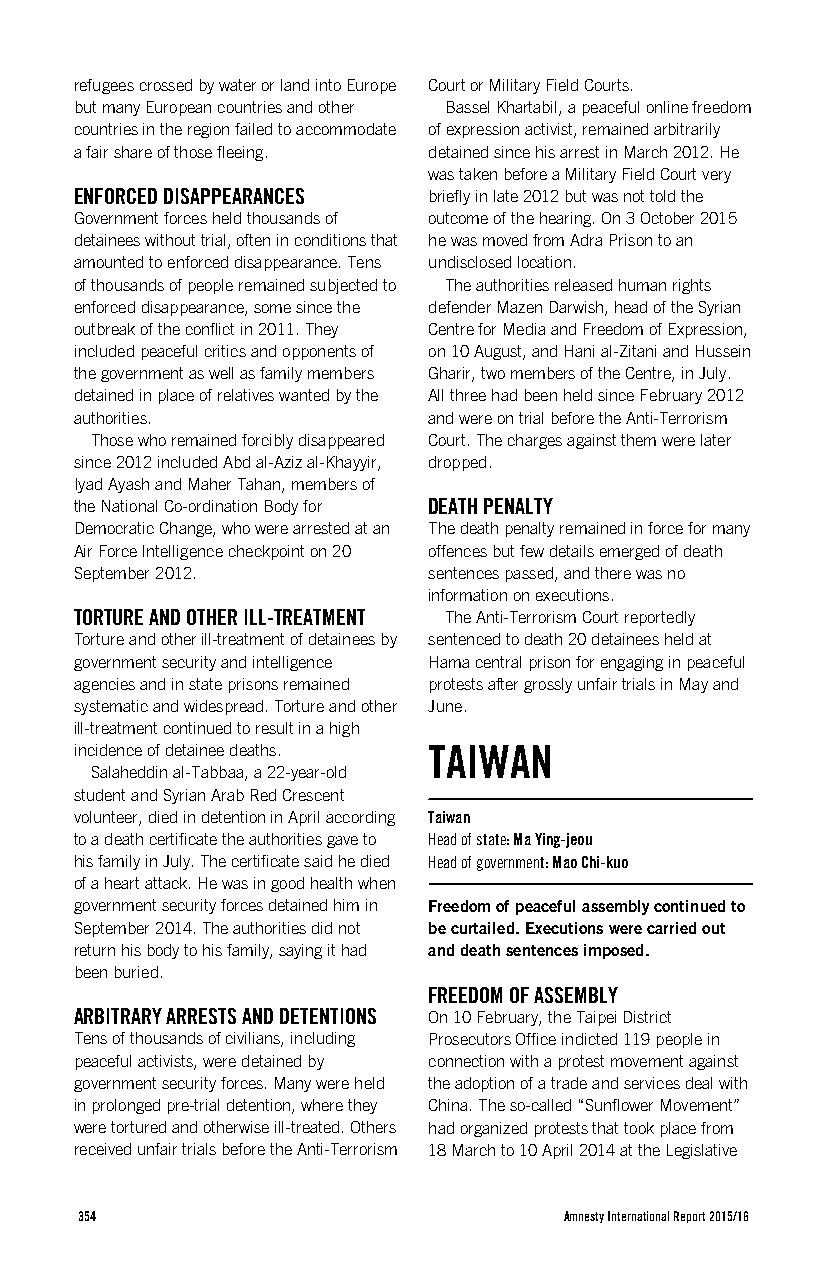
refugees crossed by water or land into Europe Court or Military Field Courts.
 but many European countries and other Bassel Khartabil, a peaceful online freedom
 countries in the region failed to accommodate of expression activist, remained arbitrarily
 a fair share of those fleeing. detained since his arrest in March 2012. He
 was taken before a Military Field Court very
 ENFORCED DISAPPEARANCES briefly in late 2012 but was not told the
 Government forces held thousands of outcome of the hearing. On 3 October 2015
 detainees without trial, often in conditions that he was moved from Adra Prison to an
 amounted to enforced disappearance. Tens undisclosed location.
 of thousands of people remained subjected to The authorities released human rights
 enforced disappearance, some since the defender Mazen Darwish, head of the Syrian
 outbreak of the conflict in 2011. They Centre for Media and Freedom of Expression,
 included peaceful critics and opponents of on 10 August, and Hani al-Zitani and Hussein
 the government as well as family members Gharir, two members of the Centre, in July.
 detained in place of relatives wanted by the All three had been held since February 2012
 authorities.           and were on trial before the Anti-Terrorism
 Those who remained forcibly disappeared Court. The charges against them were later
 since 2012 included Abd al-Aziz al-Khayyir, dropped.
 Iyad Ayash and Maher Tahan, members of
 the National Co-ordination Body for DEATH PENALTY
 Democratic Change, who were arrested at an The death penalty remained in force for many
 Air Force Intelligence checkpoint on 20 offences but few details emerged of death
 September 2012.        sentences passed, and there was no
 information on executions.
 TORTURE AND OTHER ILL-TREATMENT The Anti-Terrorism Court reportedly
 Torture and other ill-treatment of detainees by sentenced to death 20 detainees held at
 government security and intelligence Hama central prison for engaging in peaceful
 agencies and in state prisons remained protests after grossly unfair trials in May and
 systematic and widespread. Torture and other June.
 ill-treatment continued to result in a high
 incidence of detainee deaths. TAIWAN
 Salaheddin al-Tabbaa, a 22-year-old
 student and Syrian Arab Red Crescent
 volunteer, died in detention in April according Taiwan
 to a death certificate the authorities gave to Head of state: Ma Ying-jeou
 his family in July. The certificate said he died Head of government: Mao Chi-kuo
 of a heart attack. He was in good health when
 government security forces detained him in Freedom of peaceful assembly continued to
 September 2014. The authorities did not be curtailed. Executions were carried out
 return his body to his family, saying it had and death sentences imposed.
 been buried.
 FREEDOM OF ASSEMBLY
 ARBITRARY ARRESTS AND DETENTIONS On 10 February, the Taipei District
 Tens of thousands of civilians, including Prosecutors Office indicted 119 people in
 peaceful activists, were detained by connection with a protest movement against
 government security forces. Many were held the adoption of a trade and services deal with
 in prolonged pre-trial detention, where they China. The so-called “Sunflower Movement”
 were tortured and otherwise ill-treated. Others had organized protests that took place from
 received unfair trials before the Anti-Terrorism 18 March to 10 April 2014 at the Legislative
 354                             Amnesty International Report 2015/16